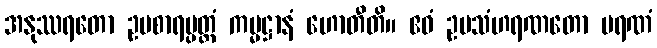
အနုဿရတော ဥပစာရပ္ပတ္တံ ကမ္မဋ္ဌာနံ ဟောတီတိ။ ဧဝံ ဥပသံဟရဏတော မရဏံ